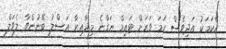
އެކަމަކު އަދިވެސް ހަމަ ވަރަށް ޓައިމް ނަގާނެ މިދާއިރާ އަސްލު ބޭނުންވާ ލެވަލް